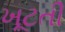
ખૂટતી